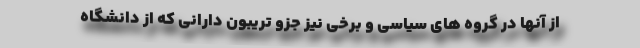
از آنها در گروه های سیاسی و برخی نیز جزو تریبون دارانی که از دانشگاه